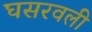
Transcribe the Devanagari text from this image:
घसरवली